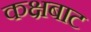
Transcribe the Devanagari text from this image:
कक्षबाट